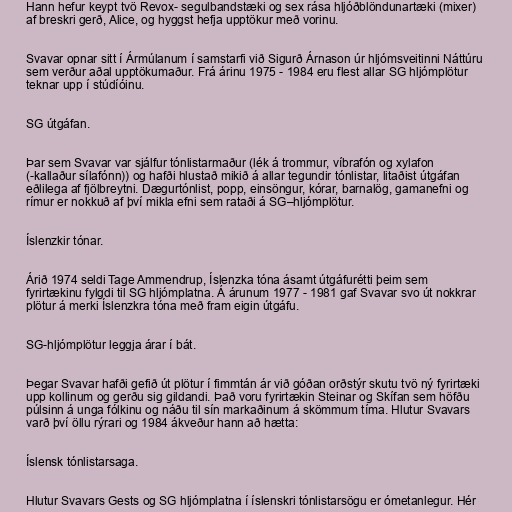
Hann hefur keypt tvö Revox- segulbandstæki og sex rása hljóðblöndunartæki (mixer)
af breskri gerð, Alice, og hyggst hefja upptökur með vorinu.

Svavar opnar sitt í Ármúlanum í samstarfi við Sigurð Árnason úr hljómsveitinni Náttúru
sem verður aðal upptökumaður. Frá árinu 1975 - 1984 eru flest allar SG hljómplötur
teknar upp í stúdíóinu.

SG útgáfan.

Þar sem Svavar var sjálfur tónlistarmaður (lék á trommur, víbrafón og xylafon
(-kallaður sílafónn)) og hafði hlustað mikið á allar tegundir tónlistar, litaðist útgáfan
eðlilega af fjölbreytni. Dægurtónlist, popp, einsöngur, kórar, barnalög, gamanefni og
rímur er nokkuð af því mikla efni sem rataði á SG–hljómplötur.

Íslenzkir tónar.

Árið 1974 seldi Tage Ammendrup, Íslenzka tóna ásamt útgáfurétti þeim sem
fyrirtækinu fylgdi til SG hljómplatna. Á árunum 1977 - 1981 gaf Svavar svo út nokkrar
plötur á merki Íslenzkra tóna með fram eigin útgáfu.

SG-hljómplötur leggja árar í bát.

Þegar Svavar hafði gefið út plötur í fimmtán ár við góðan orðstýr skutu tvö ný fyrirtæki
upp kollinum og gerðu sig gildandi. Það voru fyrirtækin Steinar og Skífan sem höfðu
púlsinn á unga fólkinu og náðu til sín markaðinum á skömmum tíma. Hlutur Svavars
varð því öllu rýrari og 1984 ákveður hann að hætta:

Íslensk tónlistarsaga.

Hlutur Svavars Gests og SG hljómplatna í íslenskri tónlistarsögu er ómetanlegur. Hér